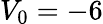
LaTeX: V_{0}=-6